Annual statistical returns and brief notes on vaccination in Bengal - 1909-1929
Year: 1909
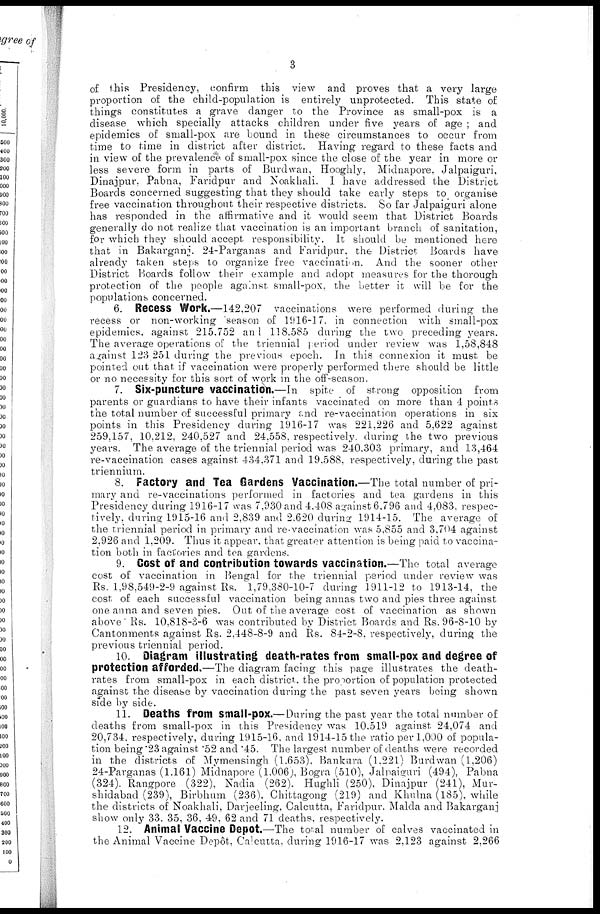
3
of this Presidency, confirm this view and proves that a very large
proportion of the child-population is entirely unprotected. This state of
things constitutes a grave danger to the Province as small-pox is a
disease which specially attacks children under five years of age ; and
epidemics of small-pox are bound in these circumstances to occur from
time to time in district after district. Having regard to these facts and
in view of the prevalence of small-pox since the close of the year in more or
less severe form in parts of Burdwan, Hooghly, Midnapore, Jalpaiguri,
Dinajpur, Pabna, Faridpur and Noakhali. I have addressed the District
Boards concerned suggesting that they should take early steps to organise
free vaccination throughout their respective districts. So far Jalpaiguri alone
has responded in the affirmative and it would seem that District Boards
generally do not realize that vaccination is an important branch of sanitation,
for which they should accept responsibility. It should be mentioned here
that in Bakarganj. 24-Parganas and Faridpur, the District Boards have
already taken steps to organize free vaccination. And the sooner other
District Boards follow their example and adopt measures for the thorough
protection of the people against small-pox, the better it will be for the
populations concerned.
6. Recess Work.—142,207 vaccinations were performed during the
recess or non-working season of 1916-17. in connection with small-pox
epidemics, against 215.752 and 118.585 during the two preceding years.
The average operations of the triennial period under review was 1,58,848
against 123,251 during the previous epoch. In this connexion it must be
pointed out that if vaccination were properly performed there should be little
or no necessity for this sort of work in the off-season.
7. Six-puncture vaccination.—In spite of strong opposition from
parents or guardians to have their infants vaccinated on more than 4 points
the total number of successful primary and re-vaccination operations in six
points in this Presidency during 1916-17 was 221,226 and 5,622 against
259,157, 10,212, 240,527 and 24,558, respectively. during the two previous
years. The average of the triennial period was 240.303 primary, and 13,464
re-vaccination cases against 434,371 and 19,588, respectively, during the past
triennium.
8. Factory and Tea Gardens Vaccination.—The total number of pri-
mary and re-vaccinations performed in factories and tea gardens in this
Presidency during 1916-17 was 7,930 and 4,408 against 6,796 and 4,083, respec-
tively, during 1915-16 and 2,839 and 2,620 during 1914-15. The average of
the triennial period in primary and re-vaccination was 5,855 and 3,704 against
2,926 and 1,209. Thus it appear, that greater attention is being paid to vaccina-
tion both in factories and tea gardens.
9. Cost of and contribution towards vaccination.—The total average
cost of vaccination in Bengal for the triennial period under review was
Rs. 1,98,549-2-9 against Rs. 1,79,380-10-7 during 1911-12 to 1913-14, the
cost of each successful vaccination being annas two and pies three against
one anna and seven pies. Out of the average cost of vaccination as shown
above Rs. 10,818-3-6 was contributed by District Boards and Rs. 96-8-10 by
Cantonments against Rs. 2,448-8-9 and Rs. 84-2-8, respectively, during the
previous triennial period.
10. Diagram illustrating death-rates from small-pox and degree of
protection afforded.—The diagram facing this page illustrates the death-
rates from small-pox in each district the proportion of population protected
against the disease by vaccination during the past seven years being shown
side by side.
11. Deaths from small-pox.—During the past year the total number of
deaths from small-pox in this Presidency was 10,519 against 24,074 and
20,734, respectively, during 1915-16, and 1914-15 the ratio per 1,000 of popula-
tion being 23 against .52 and .45. The largest number of deaths were recorded
in the districts of Mymensingh (1,653), Bankura (1,221) Burdwan (1,206)
24-Parganas (1,161) Midnapore (1,006), Bogra (510), Jalpaiguri (494), Pabna
(324). Rangpore (322), Nadia (262), Hughli (250), Dinajpur (241), Mur¬
shidabad (239), Birbhum (236), Chittagong (219) and Khulna (185), while
the districts of Noakhali, Darjeeling, Calcutta, Faridpur. Malda and Bakarganj
show only 33, 35, 36, 49, 62 and 71 deaths, respectively.
12. Animal Vaccine Depot.—The total number of calves vaccinated in
the Animal Vaccine Depôt, Calcutta, during 1916-17 was 2,123 against 2,266